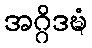
အဂ္ဂိဒဍ္ဎံ